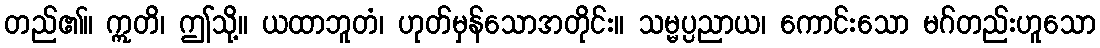
တည်၏။ ဣတိ၊ ဤသို့။ ယထာဘူတံ၊ ဟုတ်မှန်သောအတိုင်း။ သမ္မပ္ပညာယ၊ ကောင်းသော မဂ်တည်းဟူသော